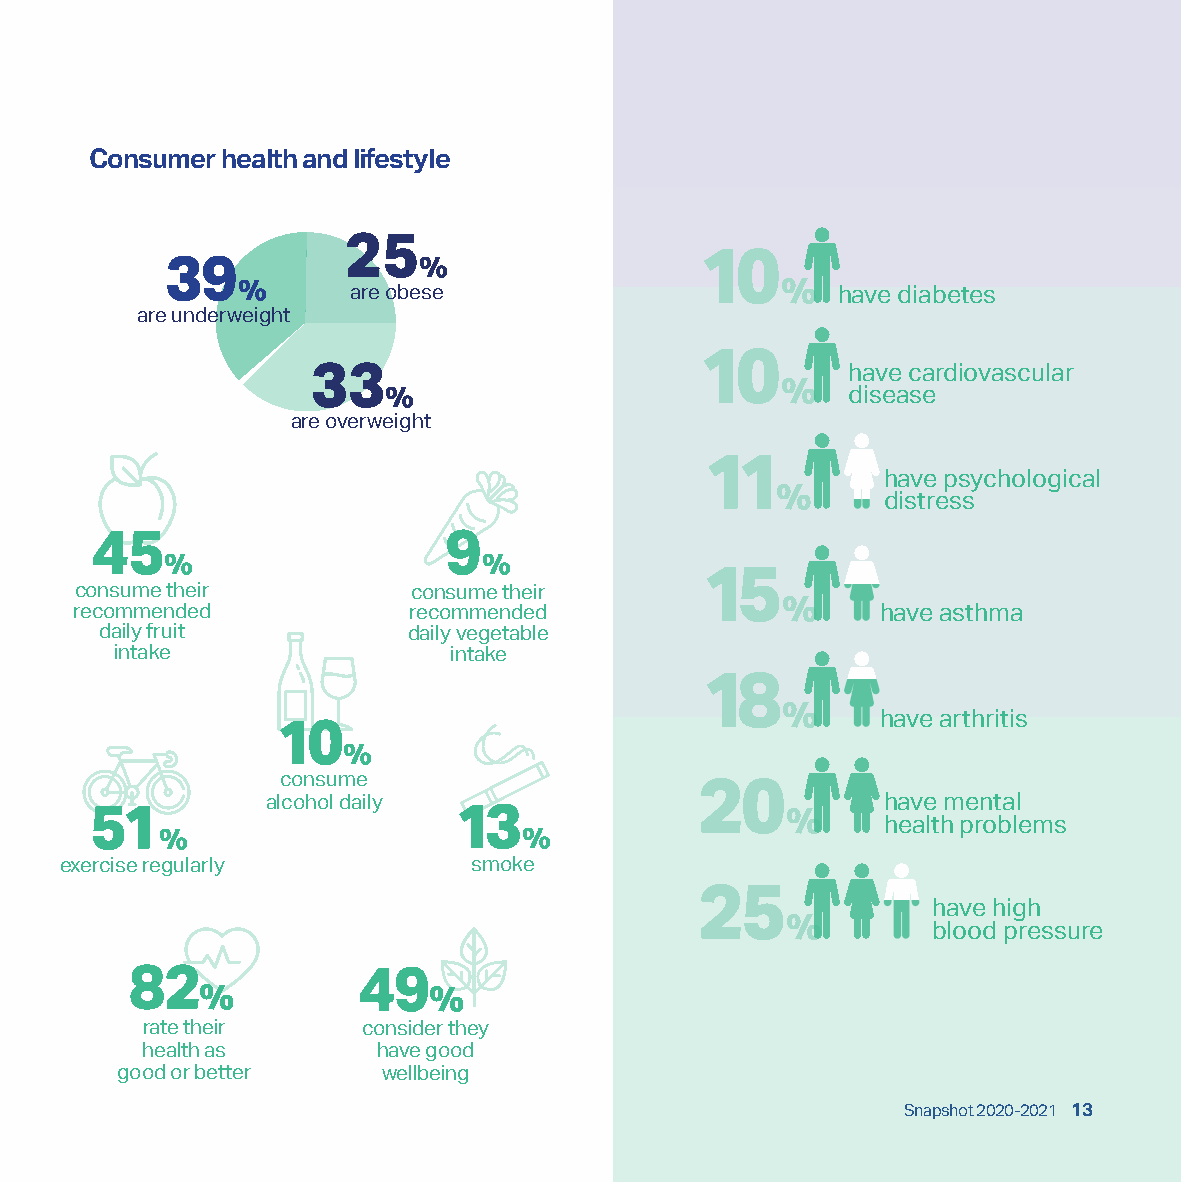
Consumer health and lifestyle
 25%
 39%         are obese              10    %  have diabetes
 are underweight
 have cardiovascular
 10
 33%                            %   disease
 are overweight
 have psychological
 11
 %      distress
 45%                    9%
 consume their         consume their
 15
 recommended           recommended              %     have asthma
 daily fruit         daily vegetable
 intake                intake
 18
 %     have arthritis
 10%
 consume
 alcohol daily                           have mental
 20
 %     health problems
 51%                     13%
 exercise regularly         smoke
 have high
 25
 %         blood pressure
 82%            49%
 rate their     consider they
 health as       have good
 good or better   wellbeing
 Snapshot 2020-2021 13